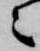
々